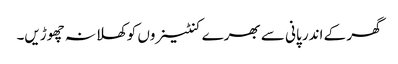
گھر کے اندر پانی سے بھرے کنٹینروں کوکھلا نہ چھوڑیں۔